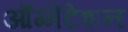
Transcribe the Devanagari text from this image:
ऑग्मेंटेशन